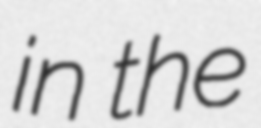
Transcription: in the